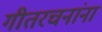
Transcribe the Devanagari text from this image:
गीतरचनांना